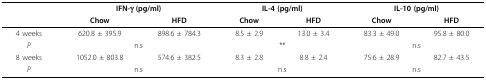
<table><thead><tr><td></td><td colspan="2"><b>IFN-γ (pg/ml)</b></td><td colspan="2"><b>IL-4 (pg/ml)</b></td><td colspan="2"><b>IL-10 (pg/ml)</b></td></tr><tr><td></td><td><b>Chow</b></td><td><b>HFD</b></td><td><b>Chow</b></td><td><b>HFD</b></td><td><b>Chow</b></td><td><b>HFD</b></td></tr></thead><tbody><tr><td>4 weeks</td><td>620.8 ± 395.9</td><td>898.6 ± 784.3</td><td>8.5 ± 2.9</td><td>13.0 ± 3.4</td><td>83.3 ± 49.0</td><td>95.8 ± 80.0</td></tr><tr><td><i>P</i></td><td colspan="2">n.s</td><td colspan="2">**</td><td colspan="2">n.s</td></tr><tr><td>8 weeks</td><td>1052.0 ± 803.8</td><td>574.6 ± 382.5</td><td>8.3 ± 2.8</td><td>8.8 ± 2.4</td><td>75.6 ± 28.9</td><td>82.7 ± 43.5</td></tr><tr><td><i>P</i></td><td colspan="2">n.s</td><td colspan="2">n.s</td><td colspan="2">n.s</td></tr></tbody></table>